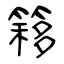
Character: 簃